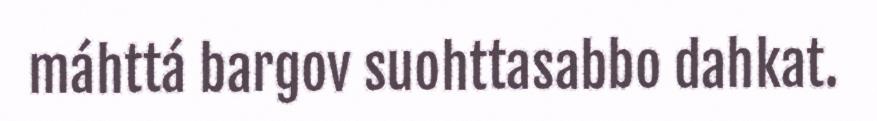
máhttá bargov suohttasabbo dahkat.